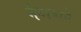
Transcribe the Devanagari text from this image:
मैबाबाने